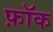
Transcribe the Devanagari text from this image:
फ़ॉक